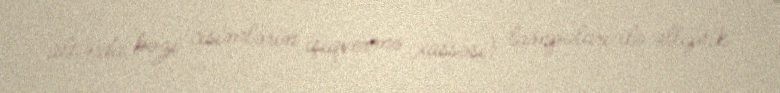
altında bəzi cisimlərin işıqvermə xassəsi) lampaları ilə elliptik